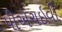
પીએચઇવી